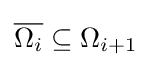
{\overline {\Omega _{i}}}\subseteq \Omega _{i+1}